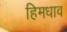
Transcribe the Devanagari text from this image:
हिमधाव